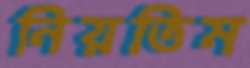
নিয়তিম